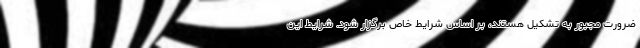
ضرورت مجبور به تشکیل هستند، بر اساس شرایط خاص برگزار شود. شرایط این